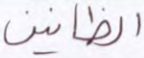
الظانين